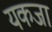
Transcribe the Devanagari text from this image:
यकजा